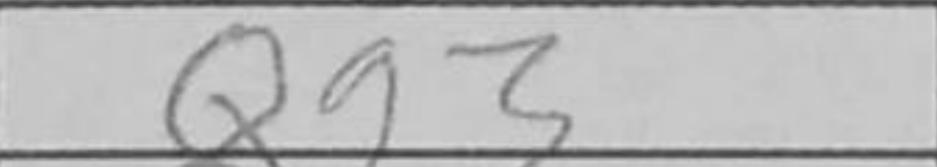
Transcription: Qg3